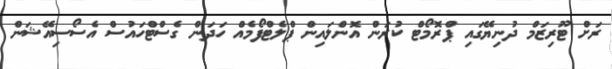
ރަށް ޓޫރިޒަމް ދުނިޔޭގައި ޕްރޮމޯޓް ކުރަން އޮންލައިން ޕްލެޓްފޯމެއް ހަދަން ގެސްޓްހައުސް އެސޯސިއޭޝަން